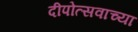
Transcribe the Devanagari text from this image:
दीपोत्सवाच्या